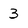
Character: 3